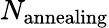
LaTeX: N_{\mathrm{annealing}}